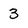
Character: 3